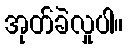
အုတ်ခဲလှုပါ။